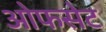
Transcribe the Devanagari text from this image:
ओफसेट